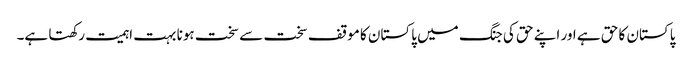
پاکستان کا حق ہے اور اپنے حق کی جنگ میں پاکستان کا موقف سخت سے سخت ہونا بہت اہمیت رکھتا ہے۔